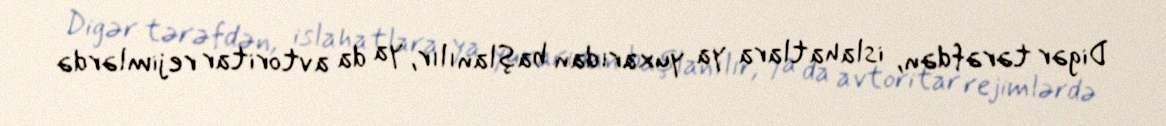
Digər tərəfdən, islahatlara ya yuxarıdan başlanılır, ya da avtoritar rejimlərdə